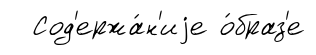
Сод'ержа́н'иjе о́браз'е